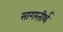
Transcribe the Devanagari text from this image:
सागरतीर्थ